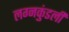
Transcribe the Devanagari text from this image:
लग्नकुंडली